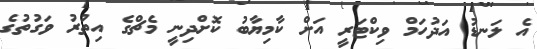
އެ ލަނޑު އަދުހަމް ވިކްޓަރީ އަށް ކާމިޔާބު ކޮށްދިނީ މެޗްގެ އިތުރު ވަގުތުގެ